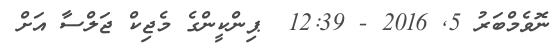
ނޮވެމްބަރު 5